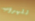
للهروب